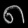
Digit: ၈